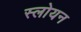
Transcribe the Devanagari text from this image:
स्लोयन